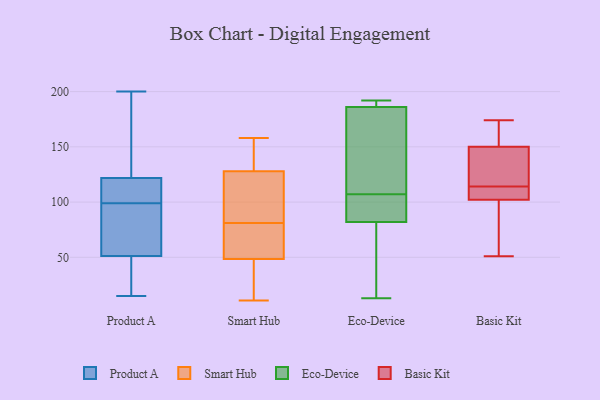
{"axis": {"x": "Satisfaction Score", "y": "Value"}, "legend": ["Basic Kit", "Eco-Device", "Product A", "Smart Hub"], "data": [{"x": "", "y": 200, "type": "Product A"}, {"x": "", "y": 109, "type": "Product A"}, {"x": "", "y": 82, "type": "Product A"}, {"x": "", "y": 27, "type": "Product A"}, {"x": "", "y": 103, "type": "Product A"}, {"x": "", "y": 126, "type": "Product A"}, {"x": "", "y": 186, "type": "Product A"}, {"x": "", "y": 99, "type": "Product A"}, {"x": "", "y": 44, "type": "Product A"}, {"x": "", "y": 15, "type": "Product A"}, {"x": "", "y": 73, "type": "Product A"}, {"x": "", "y": 55, "type": "Smart Hub"}, {"x": "", "y": 158, "type": "Smart Hub"}, {"x": "", "y": 42, "type": "Smart Hub"}, {"x": "", "y": 142, "type": "Smart Hub"}, {"x": "", "y": 56, "type": "Smart Hub"}, {"x": "", "y": 25, "type": "Smart Hub"}, {"x": "", "y": 16, "type": "Smart Hub"}, {"x": "", "y": 148, "type": "Smart Hub"}, {"x": "", "y": 135, "type": "Smart Hub"}, {"x": "", "y": 80, "type": "Smart Hub"}, {"x": "", "y": 131, "type": "Smart Hub"}, {"x": "", "y": 89, "type": "Smart Hub"}, {"x": "", "y": 116, "type": "Smart Hub"}, {"x": "", "y": 125, "type": "Smart Hub"}, {"x": "", "y": 64, "type": "Smart Hub"}, {"x": "", "y": 19, "type": "Smart Hub"}, {"x": "", "y": 11, "type": "Smart Hub"}, {"x": "", "y": 59, "type": "Smart Hub"}, {"x": "", "y": 82, "type": "Smart Hub"}, {"x": "", "y": 85, "type": "Smart Hub"}, {"x": "", "y": 105, "type": "Eco-Device"}, {"x": "", "y": 189, "type": "Eco-Device"}, {"x": "", "y": 152, "type": "Eco-Device"}, {"x": "", "y": 82, "type": "Eco-Device"}, {"x": "", "y": 109, "type": "Eco-Device"}, {"x": "", "y": 13, "type": "Eco-Device"}, {"x": "", "y": 28, "type": "Eco-Device"}, {"x": "", "y": 88, "type": "Eco-Device"}, {"x": "", "y": 192, "type": "Eco-Device"}, {"x": "", "y": 186, "type": "Eco-Device"}, {"x": "", "y": 174, "type": "Basic Kit"}, {"x": "", "y": 150, "type": "Basic Kit"}, {"x": "", "y": 102, "type": "Basic Kit"}, {"x": "", "y": 119, "type": "Basic Kit"}, {"x": "", "y": 109, "type": "Basic Kit"}, {"x": "", "y": 105, "type": "Basic Kit"}, {"x": "", "y": 51, "type": "Basic Kit"}, {"x": "", "y": 133, "type": "Basic Kit"}, {"x": "", "y": 99, "type": "Basic Kit"}, {"x": "", "y": 154, "type": "Basic Kit"}, {"x": "", "y": 138, "type": "Basic Kit"}, {"x": "", "y": 105, "type": "Basic Kit"}, {"x": "", "y": 155, "type": "Basic Kit"}, {"x": "", "y": 80, "type": "Basic Kit"}]}